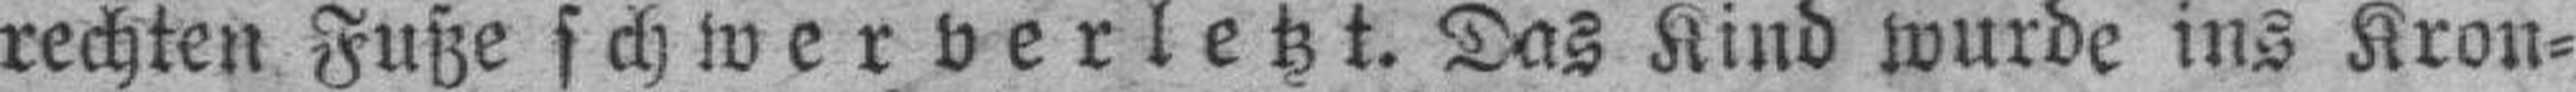
rechten Fuße schwerverletzt. Das Kind wurde ins Kron¬